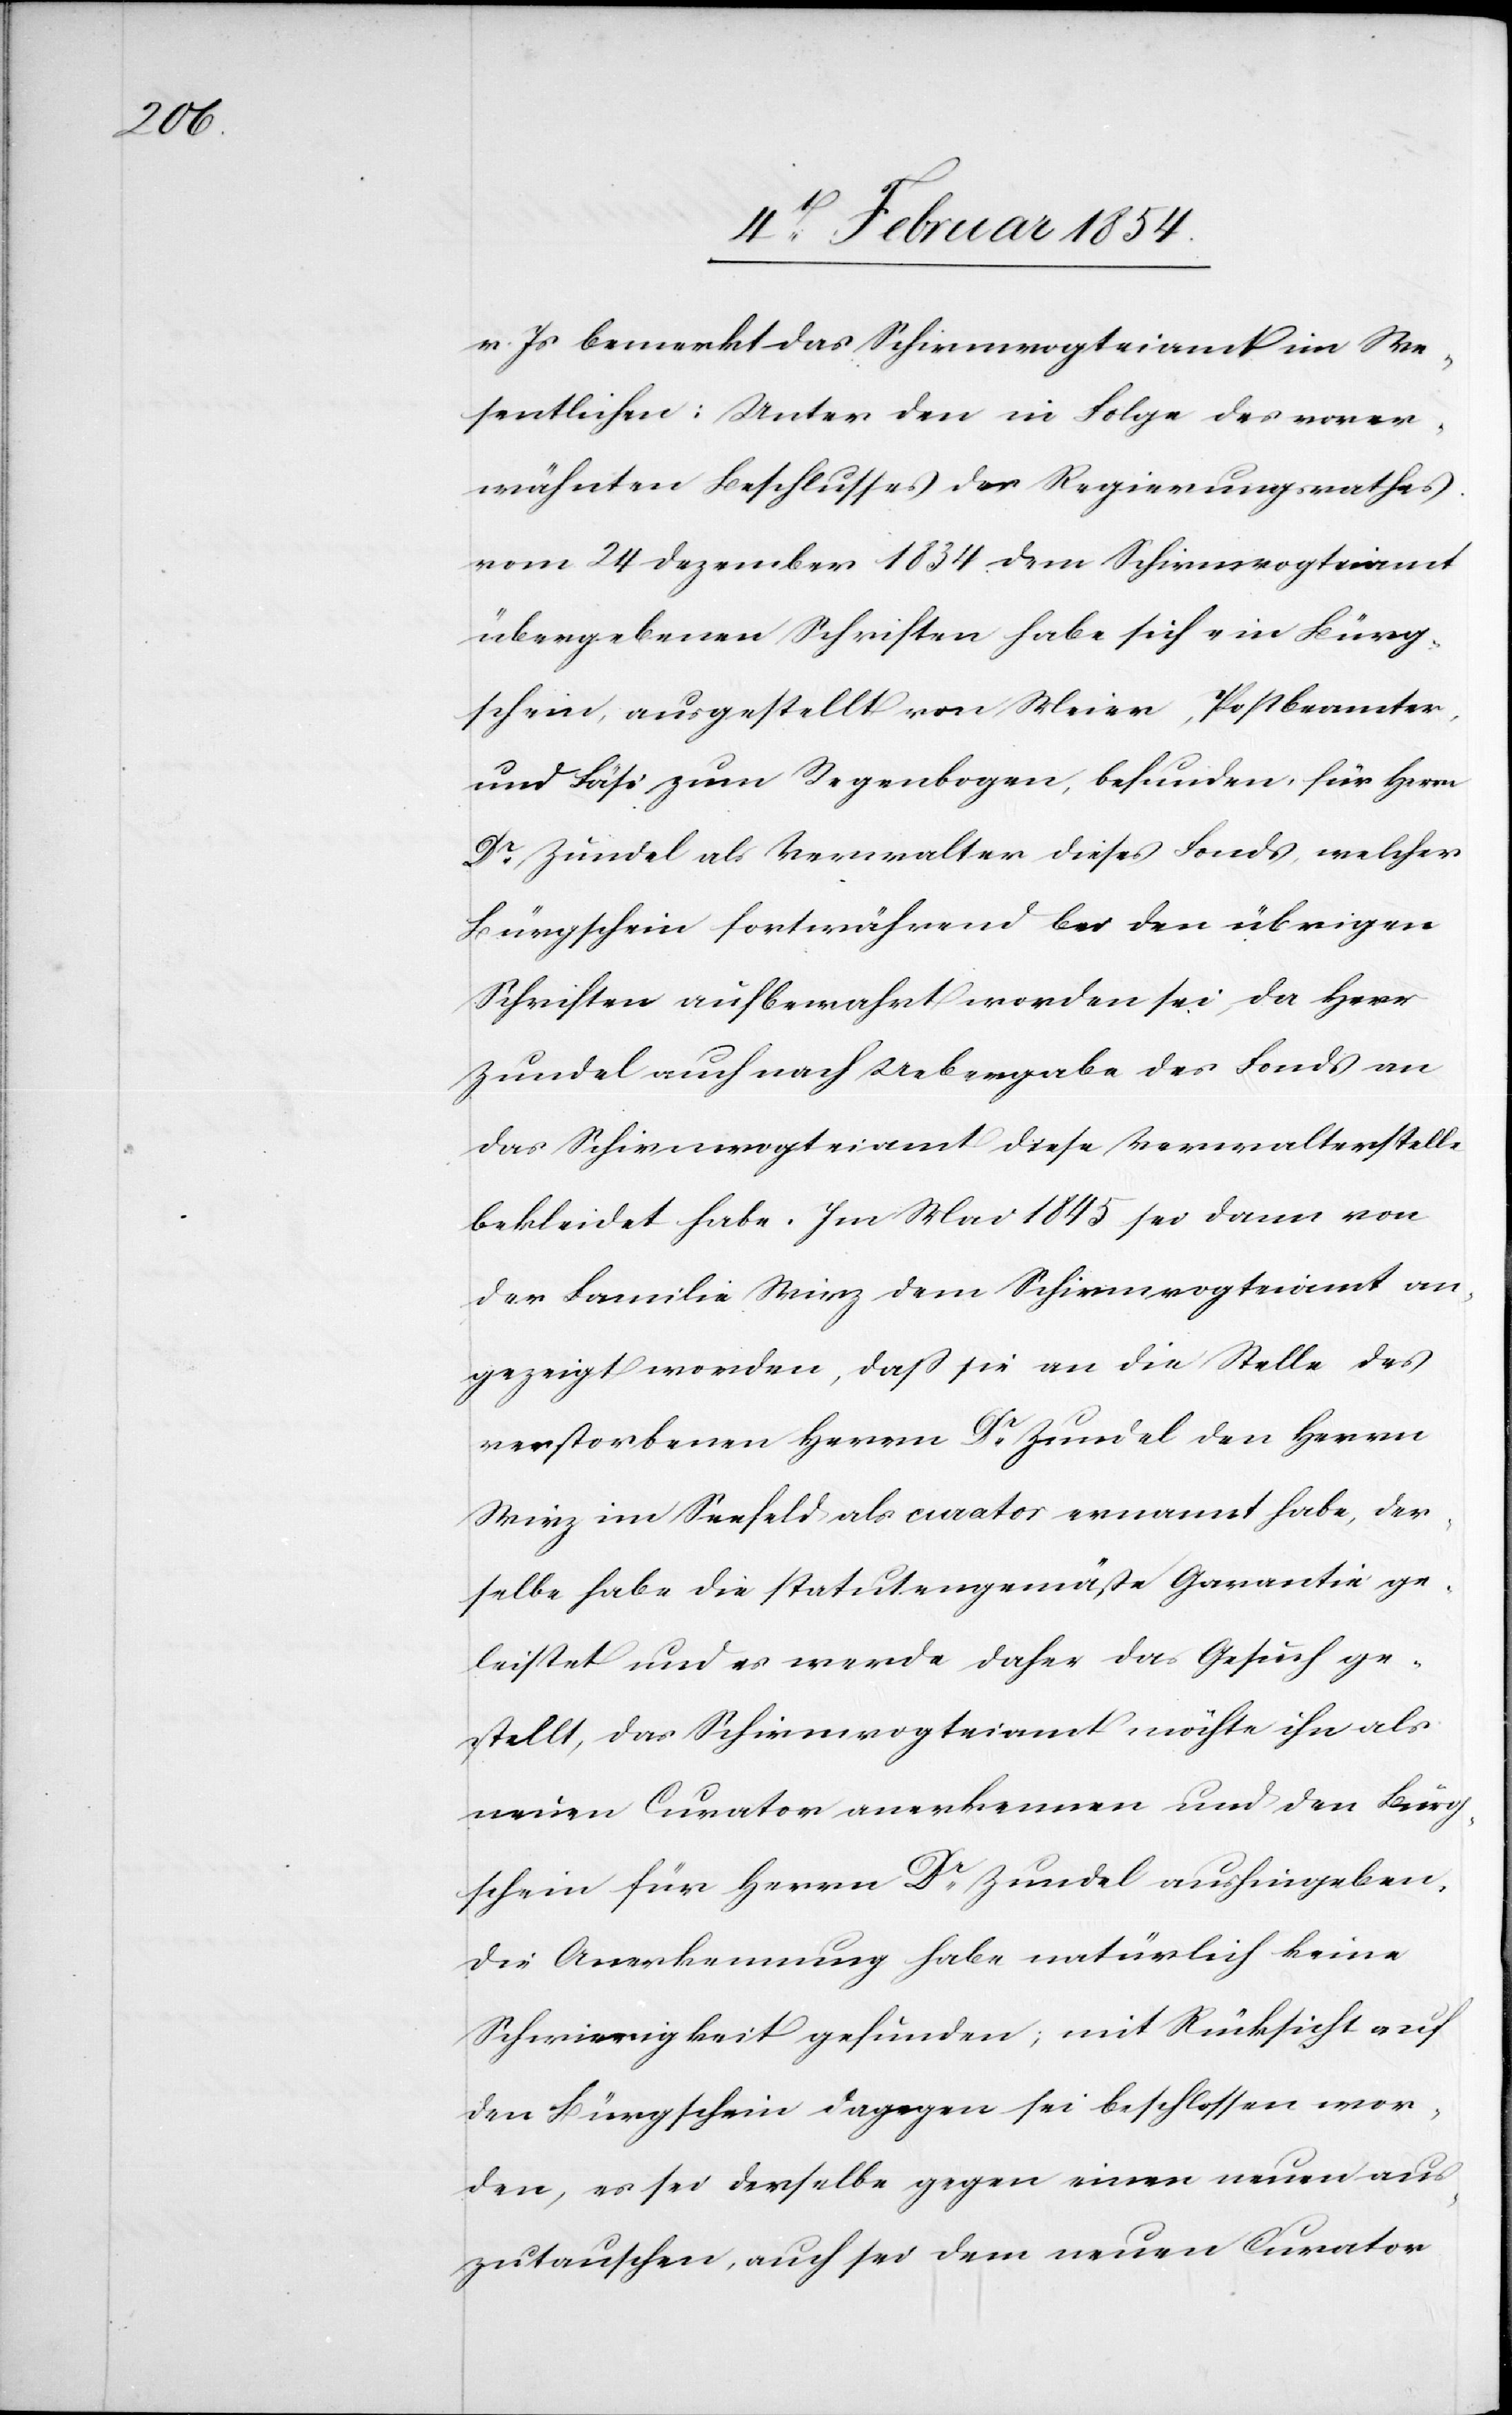
v. Js bemerkt das Schirmvogteiamt im We¬
sentlichen: Unter den in Folge des vorer¬
wähnten Beschlusses des Regierungsrathes
vom 24 Dezember 1834 dem Schirmvogteiamt
übergebenen Schriften habe sich ein Bürg¬
schein, ausgestellt von Meier, Postbeamter
und Fäsi zum Regenbogen, befunden, für Herrn
Dr Zundel als Verwalter dieses Fonds, welcher
Bürgschein fortwährend bei den übrigen
Schriften aufbewahrt worden sei, da Herr
Zundel auch nach Uebergabe des Fonds an
das Schirmvogteiamt dieses Verwaltungsstelle
bekleidet habe. Im Mai 1845 sei dann von
der Familie Wirz dem Schirmvogteiamt an¬
gezeigt worden, daß sie an die Stelle des
verstorbenen Herr Dr Zundel den Herrn
Wirz im Seefeld als Curator ernannt habe, der¬
selbe habe die Statutengemäße geleistet
gestellt, das Schirmvogteiamt möchte ihn als
neuen Curator anerkennen und den Bürg¬
schein für Herrn Dr Zundel aushingeben.
Die Anerkennung habe natürlich keine
Schwierigkeit gefunden; mit Rücksicht auf
den Bürgschein dagegen sei beschlossen wor¬
den, es sei derselbe gegen einen neuen aus¬
zutauschen, auch sei dem neuen Curator